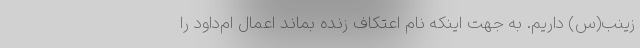
زینب(س) داریم. به جهت اینکه نام اعتکاف زنده بماند اعمال‌ ام‌داود را